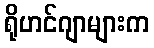
ရိုဟင်ဂျာများက